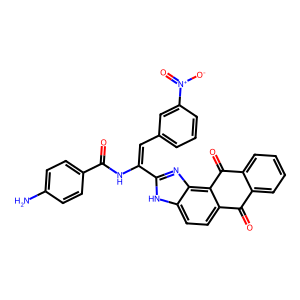
SMILES: Nc1ccc(C(=O)NC(=Cc2cccc([N+](=O)[O-])c2)c2nc3c4c(ccc3[nH]2)C(=O)c2ccccc2C4=O)cc1
Inhibits HIV replication: No